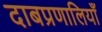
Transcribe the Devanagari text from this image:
दाबप्रणालियाँ